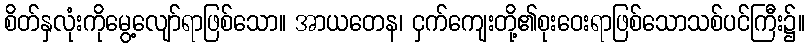
စိတ်နှလုံးကိုမွေ့လျော်ရာဖြစ်သော။ အာယတေန၊ ငှက်ကျေးတို့၏စုးဝေးရာဖြစ်သောသစ်ပင်ကြီး၌။